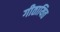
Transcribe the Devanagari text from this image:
गीतायित